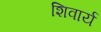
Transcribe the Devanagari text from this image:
शिवार्य